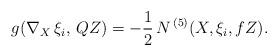
LaTeX: \begin{align*} g(\nabla_{X}\,\xi_i,\,Q Z) = -\frac12\,N^{\,(5)}(X,\xi_i,{f} Z).\end{align*}